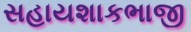
સહાયશાકભાજી